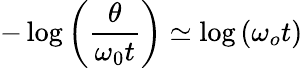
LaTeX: -\log\left(\frac{\theta}{\omega_{0}t}\right)\simeq\log\left(\omega_{o}t\right)